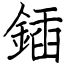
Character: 鍤